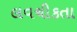
લવચીકતા